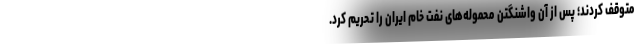
متوقف کردند؛ پس از آن واشنگتن محموله‌های نفت خام ایران را تحریم کرد.